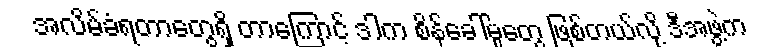
အလိမ်ခံရတာတွေရှိ တာကြောင့် ဒါက စိန်ခေါ်မှုတွေ ဖြစ်တယ်လို့ ဒီအဖွဲ့က